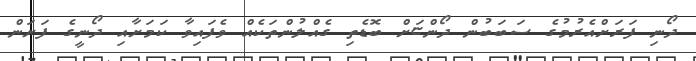
ދޯނި ފަރަށްއެރުމުގެ ސަބަބުން ދޯންޏަށް ބޮޑެތި ގެއްލުންތަކެއް ވެފައިވާ ކަމަށާއި ދޯނީގެ ފަށަން